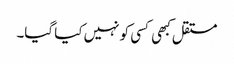
مستقل کبھی کسی کو نہیں کیا گیا۔